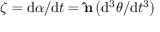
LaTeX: { \boldsymbol { \zeta } } = \mathrm { d } { \boldsymbol { \alpha } } / \mathrm { d } t = \mathbf { \hat { n } } \left( \mathrm { d } ^ { 3 } \theta / \mathrm { d } t ^ { 3 } \right)